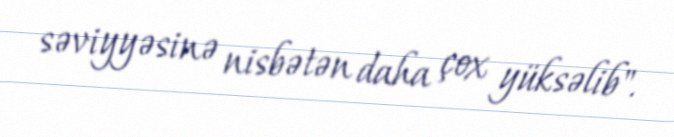
səviyyəsinə nisbətən daha çox yüksəlib".